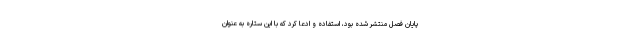
پایان فصل منتشر شده بود، استفاده و ادعا کرد که با این ستاره به‌ عنوان